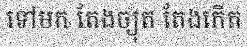
ទៅមក តែងច្យុត តែងកើត